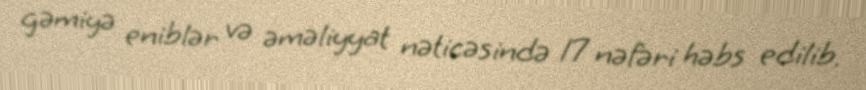
gəmiyə eniblər və əməliyyat nəticəsində 17 nəfəri həbs edilib.